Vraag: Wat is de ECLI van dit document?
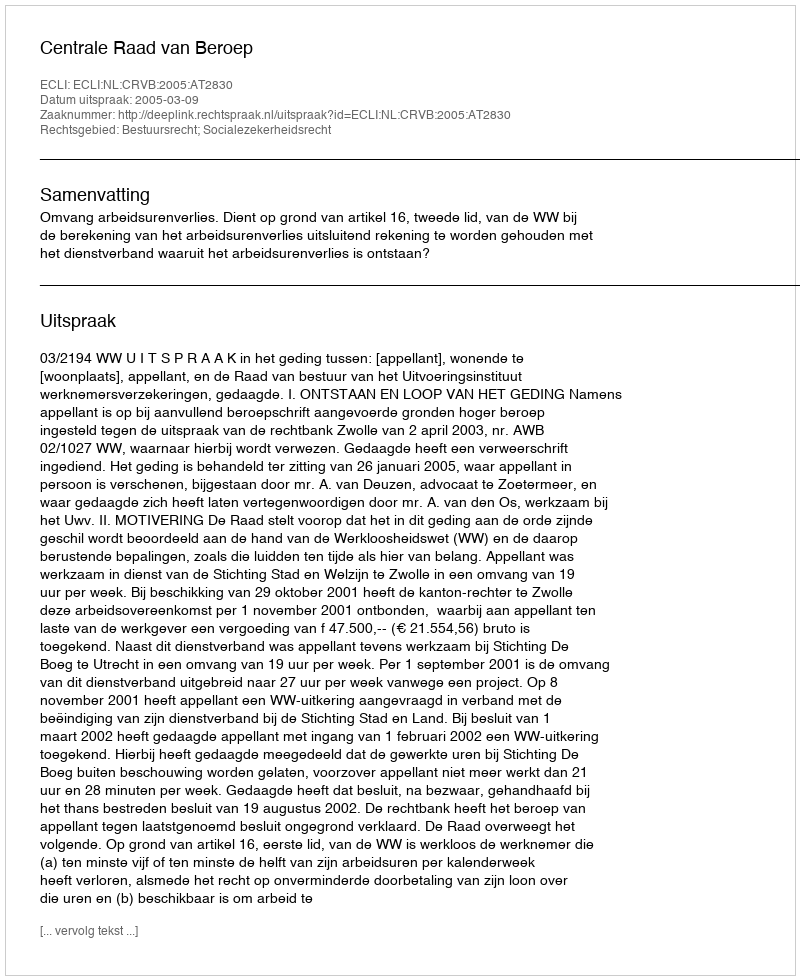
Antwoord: ECLI:NL:CRVB:2005:AT2830